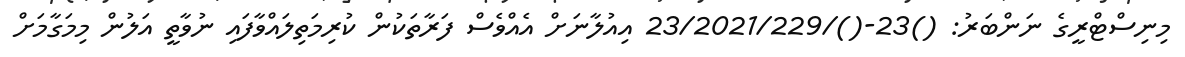
މިނިސްޓްރީގެ ނަންބަރު: ()23-()/23/2021/229 އިއުލާނަށް އެއްވެސް ފަރާތަކުން ކުރިމަތިލައްވާފައި ނުވާތީ އަލުން މިމަގާމަށް